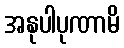
အနုပါပုဏာမိ